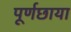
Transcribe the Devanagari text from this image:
पूर्णछाया